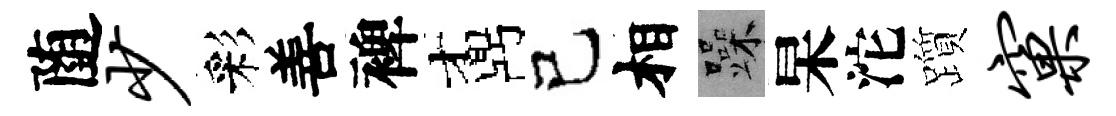
随少彩善裨鼒己相躁杲沱躓窠